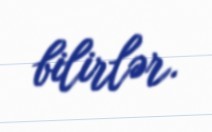
bilirlər.